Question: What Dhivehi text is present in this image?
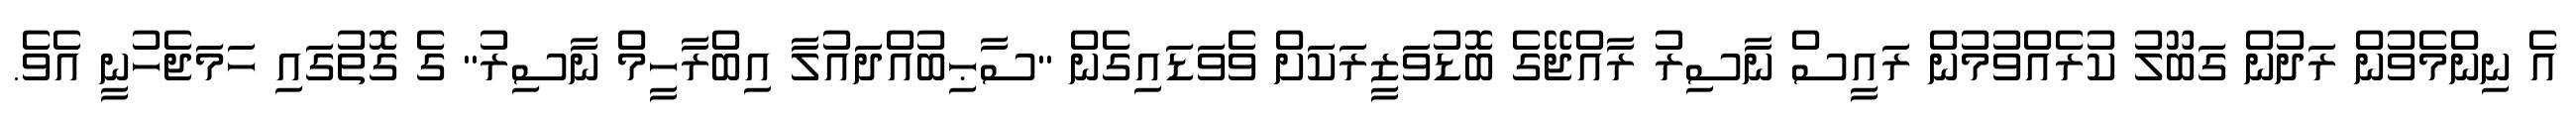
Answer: އެ ނިންމެވުން ރަދުން ގަބޫލު ކުރެއްވުމުން ރައީސް ނާސިރު ރާއްޖޭގެ ބޮޑުވަޒީރަކަށް ވެވަޑައިގެން "ސާޙިބުއްދައުލާ އިބްރާހީމް ނާސިރު" ގެ ގޮތުގައި ހަމަޖެހުނީ އެވެ.